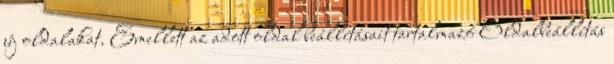
új oldalakat. Emellett az adott oldal beállításait tartalmazó Oldalbeállítás